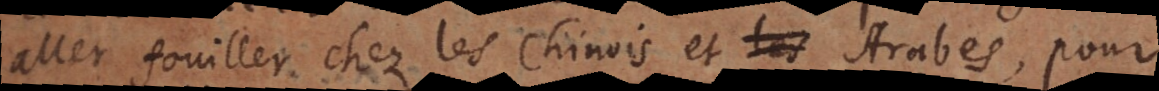
aller fouiller chez les Chinois et Arabes, pour